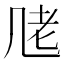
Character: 𱻧